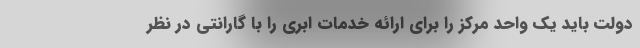
دولت باید یک واحد مرکز را برای ارائه خدمات ابری را با گارانتی در نظر